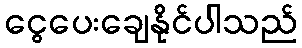
ငွေပေးချေနိုင်ပါသည်